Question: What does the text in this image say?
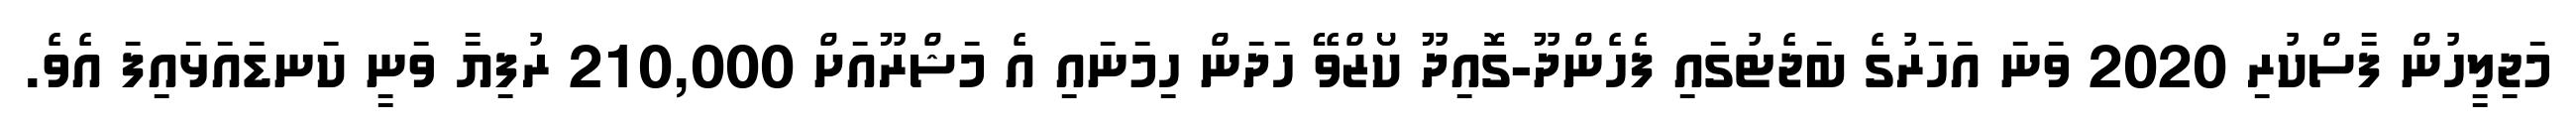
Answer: މަޖިލީހުން ފާސްކުރި 2020 ވަނަ އަހަރުގެ ބަޖެޓުގައި ފެހެންދޫ-ގޮއިދޫ ކޯޒްވޭ ހަދަން ހިމަނައި އެ މަޝްރޫއަށް 210,000 ރުފިޔާ ވަނީ ކަނޑައަޅައިފަ އެވެ.